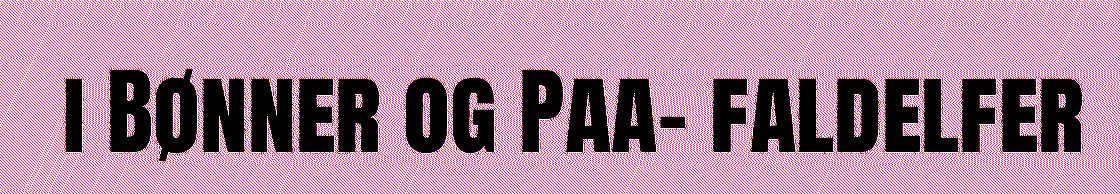
i Bønner og Paa- faldelfer